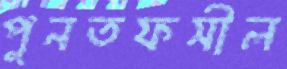
পুনতফসীল